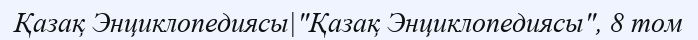
Қазақ Энциклопедиясы|"Қазақ Энциклопедиясы", 8 том